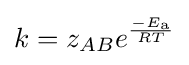
k=z_{AB}e^{\frac {-E_{\text{a}}}{RT}}